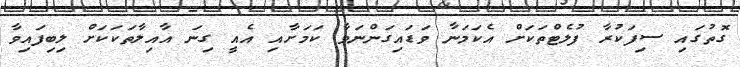
ގޮތުގައި ސިފަކުރާ ފުލެޓްތަކަށް އެކަމަނާ ވަޑައިގަންނަވާ ކަމަށާއި އެއީ ގިނަ އާއިލާތަކަކަށް ލިބިފައިވާ